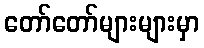
တော်တော်များများမှာ